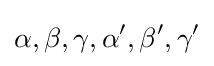
\alpha ,\beta ,\gamma ,\alpha ^{\prime },\beta ^{\prime },\gamma ^{\prime }